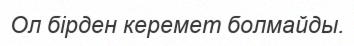
Ол бірден керемет болмайды.